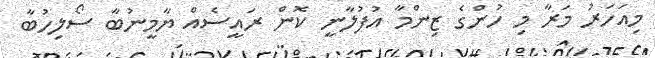
މިއަހަރު މަރާ މި ހުންގެ ޒިންމާ އުފުލާނީ ކޮން ރައީސެއް ޔާމީނުބާ ސޯލިހުބާ